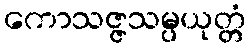
ကောသဇ္ဇသမ္ပယုတ္တံ